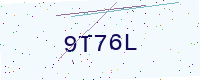
Text: 9T76L